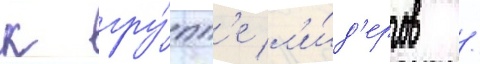
к гру́пп'е л'и́д'еров /